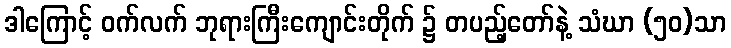
ဒါကြောင့် ဝက်လက် ဘုရားကြီးကျောင်းတိုက် ၌ တပည့်တော်နဲ့ သံဃာ (၅၀)သာ